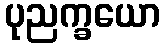
ပုညက္ခယော